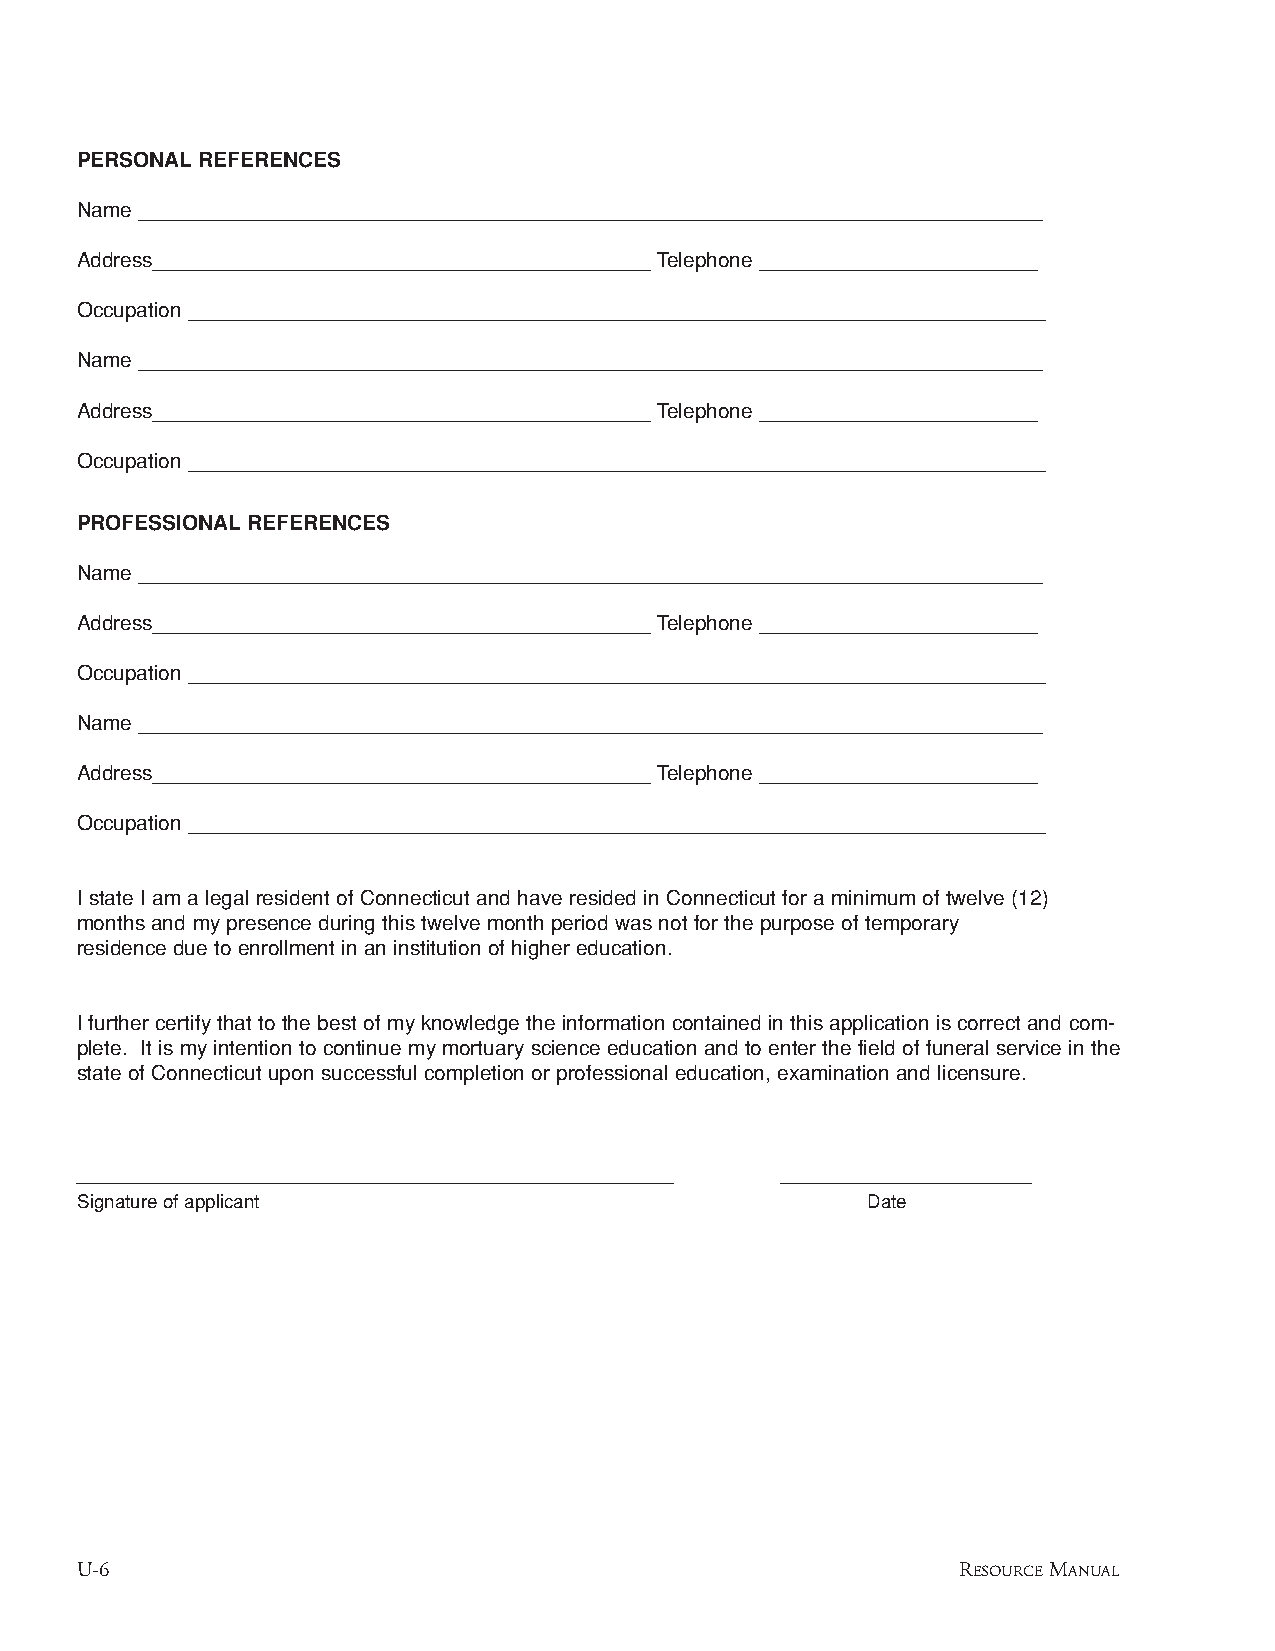
PERSONALREFERENCES
 Name ______________________________________________________________________________
 Address___________________________________________ Telephone ________________________
 Occupation __________________________________________________________________________
 Name ______________________________________________________________________________
 Address___________________________________________ Telephone ________________________
 Occupation __________________________________________________________________________
 PROFESSIONALREFERENCES
 Name ______________________________________________________________________________
 Address___________________________________________ Telephone ________________________
 Occupation __________________________________________________________________________
 Name ______________________________________________________________________________
 Address___________________________________________ Telephone ________________________
 Occupation __________________________________________________________________________
 I state I am a legal resident of Connecticut and have resided in Connecticut for a minimum of twelve (12)
 months and my presence during this twelve month period was not for the purpose of temporary
 residence due to enrollment in an institution of higher education.
 I further certify that to the best of my knowledge the information contained in this application is correct and com-
 plete. It is my intention to continue my mortuary science education and to enter the field of funeral service in the
 state of Connecticut upon successful completion or professional education, examination and licensure.
 ___________________________________________    __________________
 Signature of applicant                              Date
 U-6                                                        RESOURCEMANUAL